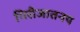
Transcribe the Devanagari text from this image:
गिरीजातनय